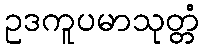
ဥဒကူပမာသုတ္တံ